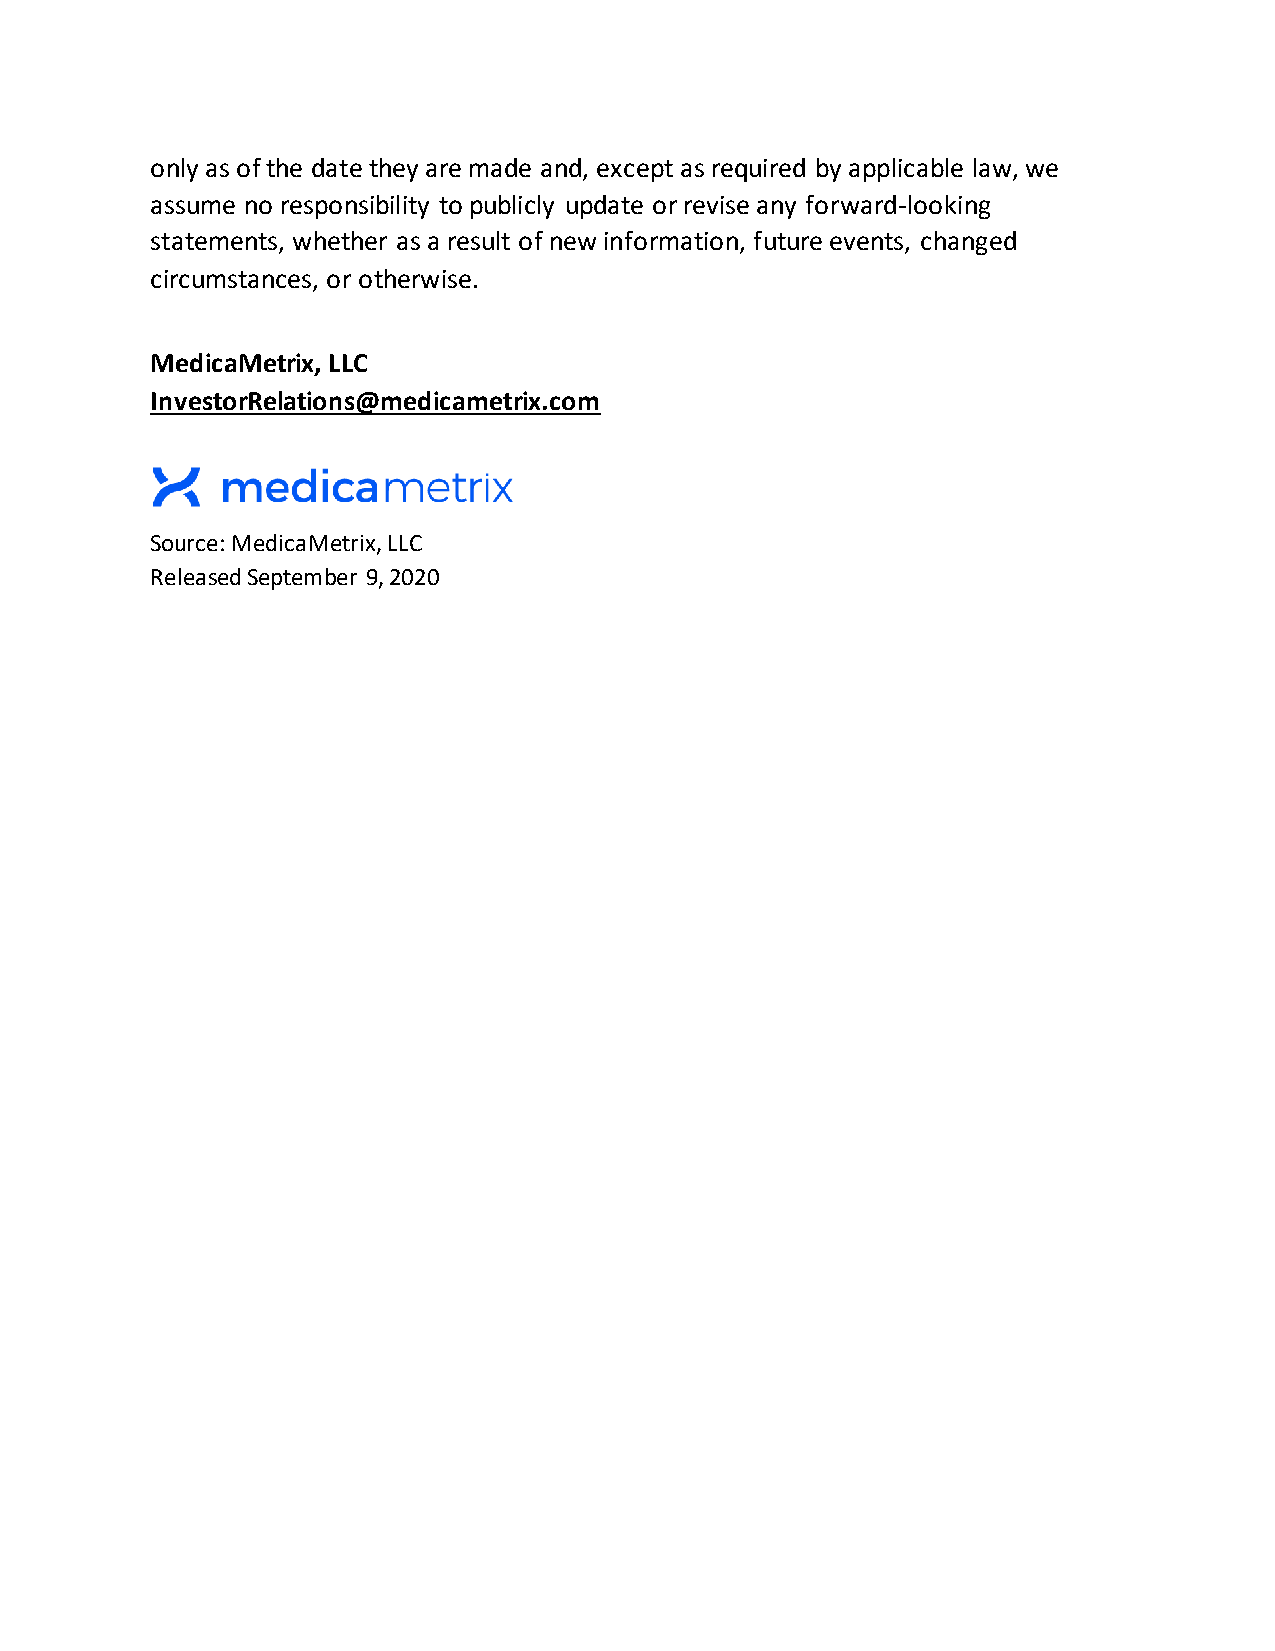
only as of the date they are made and, except as required by applicable law, we
 assume no responsibility to publicly update or revise any forward-looking
 statements, whether as a result of new information, future events, changed
 circumstances, or otherwise.
 MedicaMetrix, LLC
 InvestorRelations@medicametrix.com
 Source: MedicaMetrix, LLC
 Released September 9, 2020